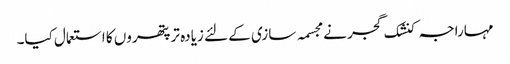
مہاراجہ کنشک گجر نے مجسمہ سازی کے لئے زیادہ تر پتھروں کا استعمال کیا۔